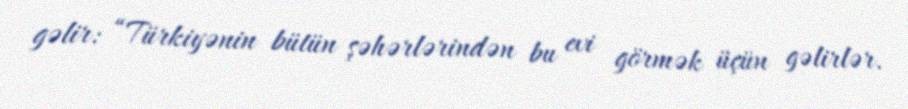
gəlir: “Türkiyənin bütün şəhərlərindən bu evi görmək üçün gəlirlər.